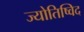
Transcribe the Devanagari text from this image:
ज्योतिष्विद